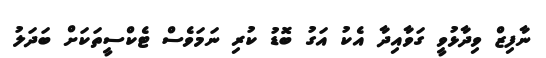
ނާފިޒް ވިދާޅުވީ ގަވާއިދާ އެކު އަގު ބޮޑު ކުރި ނަމަވެސް ޓެކްސީތަކަށް ބަދަލު